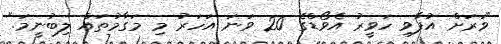
"ވަރަށް އުފާވި ހަވީރު އެވޯޑްގެ 20 ވަނަ އަހަރު މި މަގާމުތައް ލިބުނީމަ."